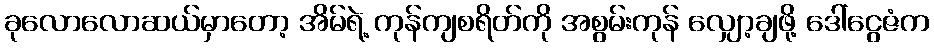
ခုလောလောဆယ်မှာတော့ အိမ်ရဲ့ ကုန်ကျစရိတ်ကို အစွမ်းကုန် လျှော့ချဖို့ ဒေါ်ငွေဇံက